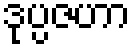
ဒုပ္ပဇဟာ